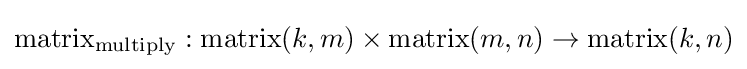
\mathrm {matrix} _{\mathrm {multiply} }:\mathrm {matrix} (k,m)\times \mathrm {matrix} (m,n)\to \mathrm {matrix} (k,n)